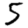
Digit: 5